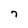
Character: 7